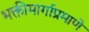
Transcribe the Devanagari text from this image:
भक्तीमार्गाप्रमाणे